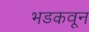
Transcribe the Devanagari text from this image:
भडकवून